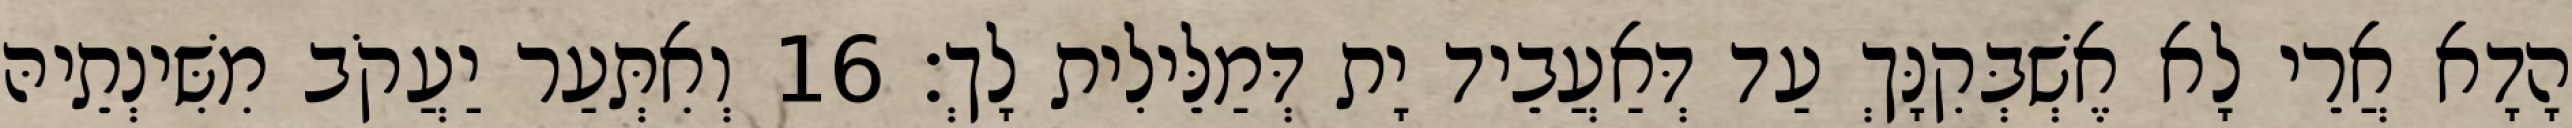
הָדָא אֲרֵי לָא אֶשְׁבְּקִנָּךְ עַד דְּאַעֲבֵיד יָת דְּמַלֵּילִית לָךְ׃ 16 וְאִתְּעַר יַעֲקֹב מִשִּׁינְתֵיהּ